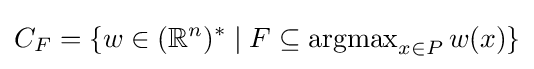
C_{F}=\{w\in (\mathbb {R} ^{n})^{*}\mid F\subseteq \operatorname {argmax} _{x\in P}w(x)\}